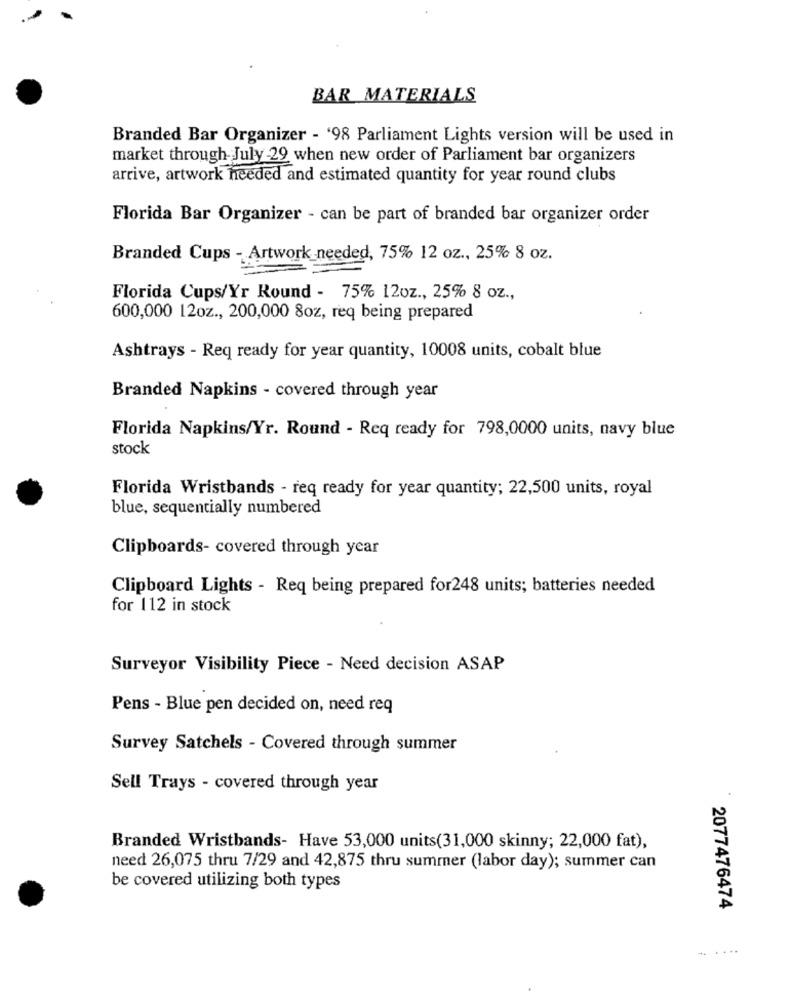
BAR MATERIALS
Branded Bar Organizer - '98 Parliament Lights version will be used in
market through July -29 when new order of Parliament bar organizers
arrive, artwork heeded and estimated quantity for year round clubs
Florida Bar Organizer - can be part of branded bar organizer order
Branded Cups - Artwork needed, 75% 12 oz ., 25% 8 oz.
Florida Cups/Yr Round - 75% 12oz ., 25% 8 oz .,
600,000 12oz ., 200,000 8oz, req being prepared
Ashtrays - Req ready for year quantity, 10008 units, cobalt blue
Branded Napkins - covered through year
Florida Napkins/Yr. Round - Req ready for 798,0000 units, navy blue
stock
Florida Wristbands - req ready for year quantity; 22,500 units, royal
blue, sequentially numbered
Clipboards- covered through year
Clipboard Lights - Req being prepared for248 units; batteries needed
for 112 in stock
Surveyor Visibility Piece - Need decision ASAP
Pens - Blue pen decided on, need req
Survey Satchels - Covered through summer
Sell Trays - covered through year
Branded Wristbands- Have 53,000 units(31,000 skinny; 22,000 fat),
need 26,075 thru 7/29 and 42,875 thru summer (labor day); summer can
be covered utilizing both types
2077476474